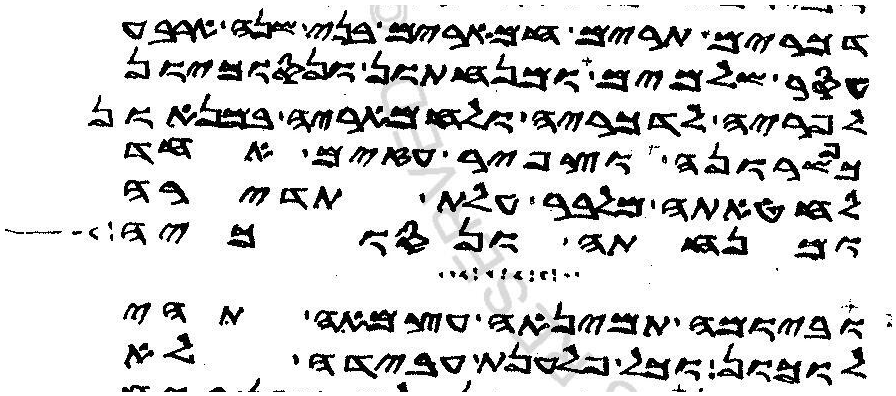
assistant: דכרים תרים חמארים בני שנה ארבע
עסר שלמים ומנחתון ונסוכיון
לפריה לדכריה ולחמאריה במנאון
כפשרונה וצפיר עזים אחד
לחטאתה מלבר עלת תדירה
ומנחתה ונסוכיה
וביומה תמינאה עצמאה תהי
לוכון כל פלענת עבידה לא